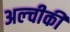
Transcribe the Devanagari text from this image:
अल्चीकी